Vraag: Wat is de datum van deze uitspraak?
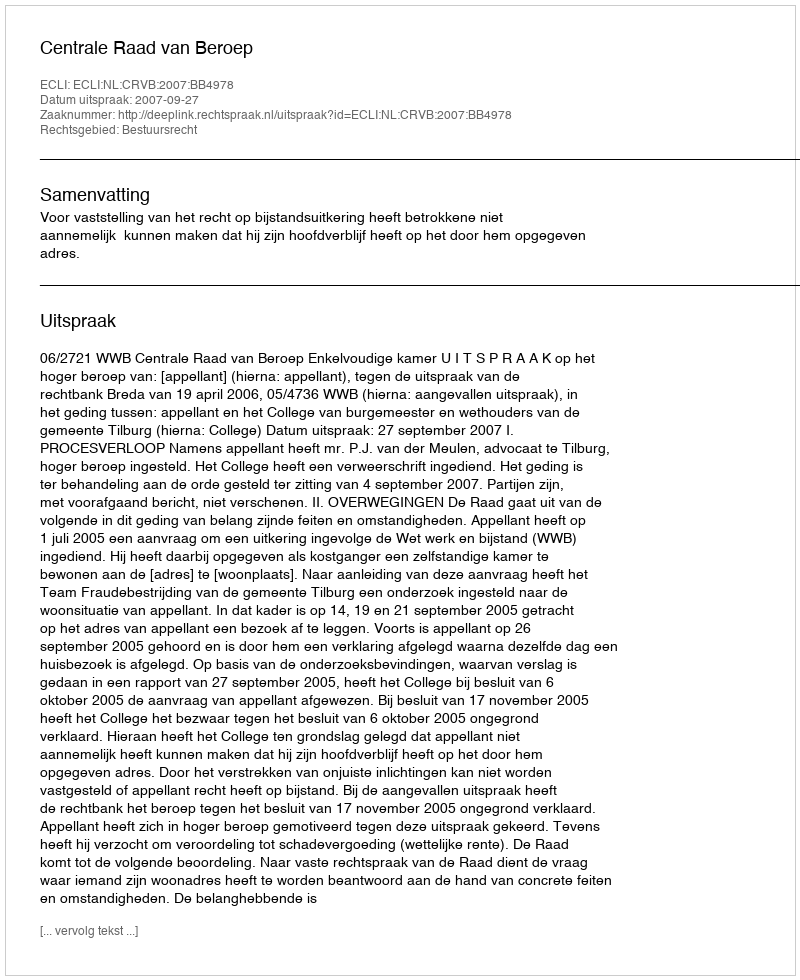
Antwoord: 2007-09-27